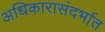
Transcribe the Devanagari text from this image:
अधिकारासंदर्भात